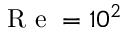
\mathrm { ~ R ~ e ~ } = 1 0 ^ { 2 }